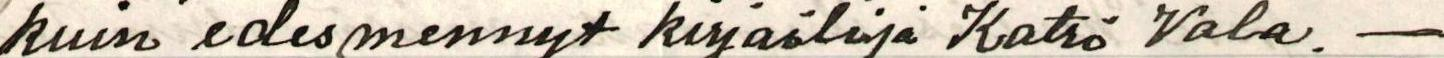
kuin edesmennyt kirjailija Katri Vala. -